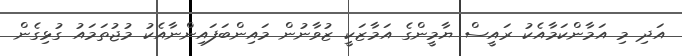
އަދި މި އަމާންކަމާއެކު ރައީސް ޔާމީންގެ އަމާޒަކީ ޒުވާނުން މައިންބަފައިންނާއެކު މުޖުތަމައު ގުޅިގެން